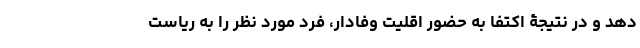
دهد و در نتیجۀ اکتفا به حضور اقلیت وفادار، فرد مورد نظر را به ریاست